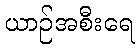
ယာဉ်အစီးရေ